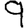
Digit: 9